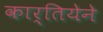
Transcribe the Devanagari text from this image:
कार्तियेने